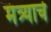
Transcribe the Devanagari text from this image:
मंत्र्याचे